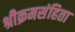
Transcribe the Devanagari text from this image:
श्रीक्रमसंहिता